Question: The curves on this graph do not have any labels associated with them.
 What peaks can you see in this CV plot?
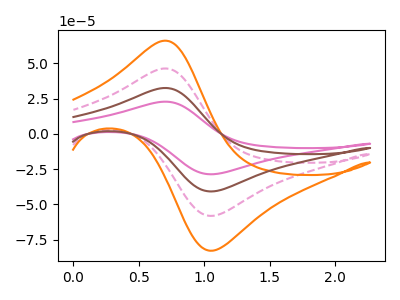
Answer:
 <answer>The pink curve "pink" has an anodic peak at (0.70V, 139.00uA) and a cathodic peak at (1.05V, -174.05uA). The pink dashed curve "pink dashed" has an anodic peak at (0.70V, 46.35uA) and a cathodic peak at (1.05V, -58.00uA). The orange curve "orange" has an anodic peak at (0.70V, 66.05uA) and a cathodic peak at (1.05V, -82.70uA). The brown curve "brown" has an anodic peak at (0.70V, 92.70uA) and a cathodic peak at (1.05V, -116.05uA).</answer>
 <eval></eval>